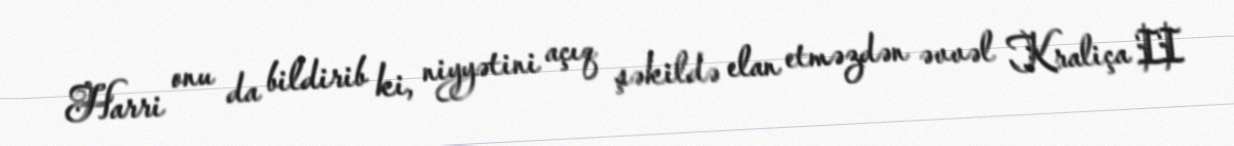
Harri onu da bildirib ki, niyyətini açıq şəkildə elan etməzdən əvvəl Kraliça II